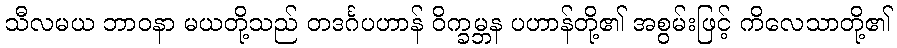
သီလမယ ဘာဝနာ မယတို့သည် တဒင်္ဂပဟာန် ဝိက္ခမ္ဘန ပဟာန်တို့၏ အစွမ်းဖြင့် ကိလေသာတို့၏